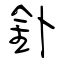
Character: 釙